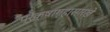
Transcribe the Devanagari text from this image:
प्रेक्षागृहासारखे